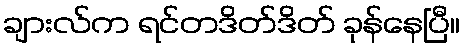
ချားလ်က ရင်တဒိတ်ဒိတ် ခုန်နေပြီ။